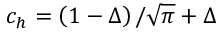
c _ { h } = \left( 1 - \Delta \right) / \sqrt { \pi } + \Delta